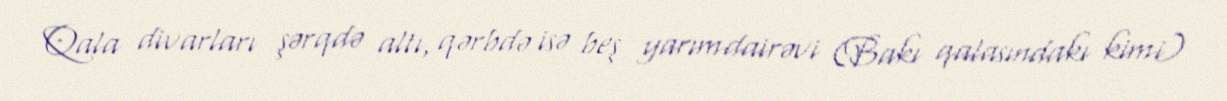
Qala divarları şərqdə altı, qərbdə isə beş yarımdairəvi (Bakı qalasındakı kimi)